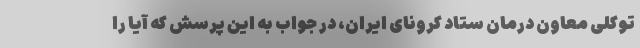
توکلی معاون درمان ستاد کرونای ایران، در جواب به این پرسش که آیا را